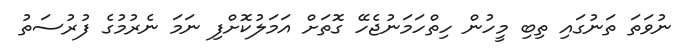
ނުވަތަ ތަނުގައި ތިބި މީހުން ހިތްހަމަނުޖެހޭ ގޮތަށް އަމަލުކޮށްފި ނަމަ ނެރުމުގެ ފުރުސަތު